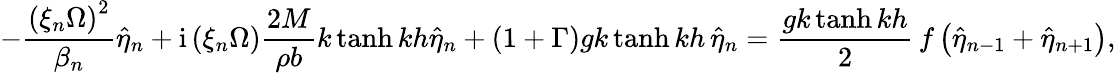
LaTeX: -\frac{\left(\xi_{n}\Omega\right)^{2}}{\beta_{n}}\hat{\eta}_{n}+\mathrm{i}\left(\xi_{n}\Omega\right)\frac{2M}{\rho b}k\operatorname{tanh}{kh}\hat{\eta}_{n}+\left(1+\Gamma\right)gk\operatorname{tanh}{kh}\, \hat{\eta}_{n}=\frac{gk\operatorname{tanh}{kh}}{2}\, f\left(\hat{\eta}_{n-1}+\hat{\eta}_{n+1}\right),